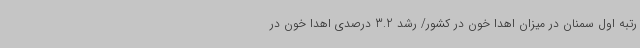
رتبه اول سمنان در میزان اهدا خون در کشور/ رشد 3.2 درصدی اهدا خون در